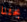
بحثنا